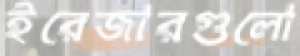
ইরেজারগুলো